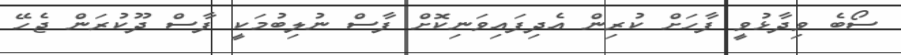
ސޯބެ ވިދާޅުވީ ފާހަށް ކުރިން އެދިފައިވަނިކޮށް ފާސް ނުލިބުމަކީ ފާސް ދޫކުރަން ޖެހޭ